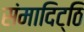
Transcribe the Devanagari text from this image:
संमादिट्ठि